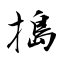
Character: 搗